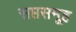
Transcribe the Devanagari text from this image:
सप्तसमूह